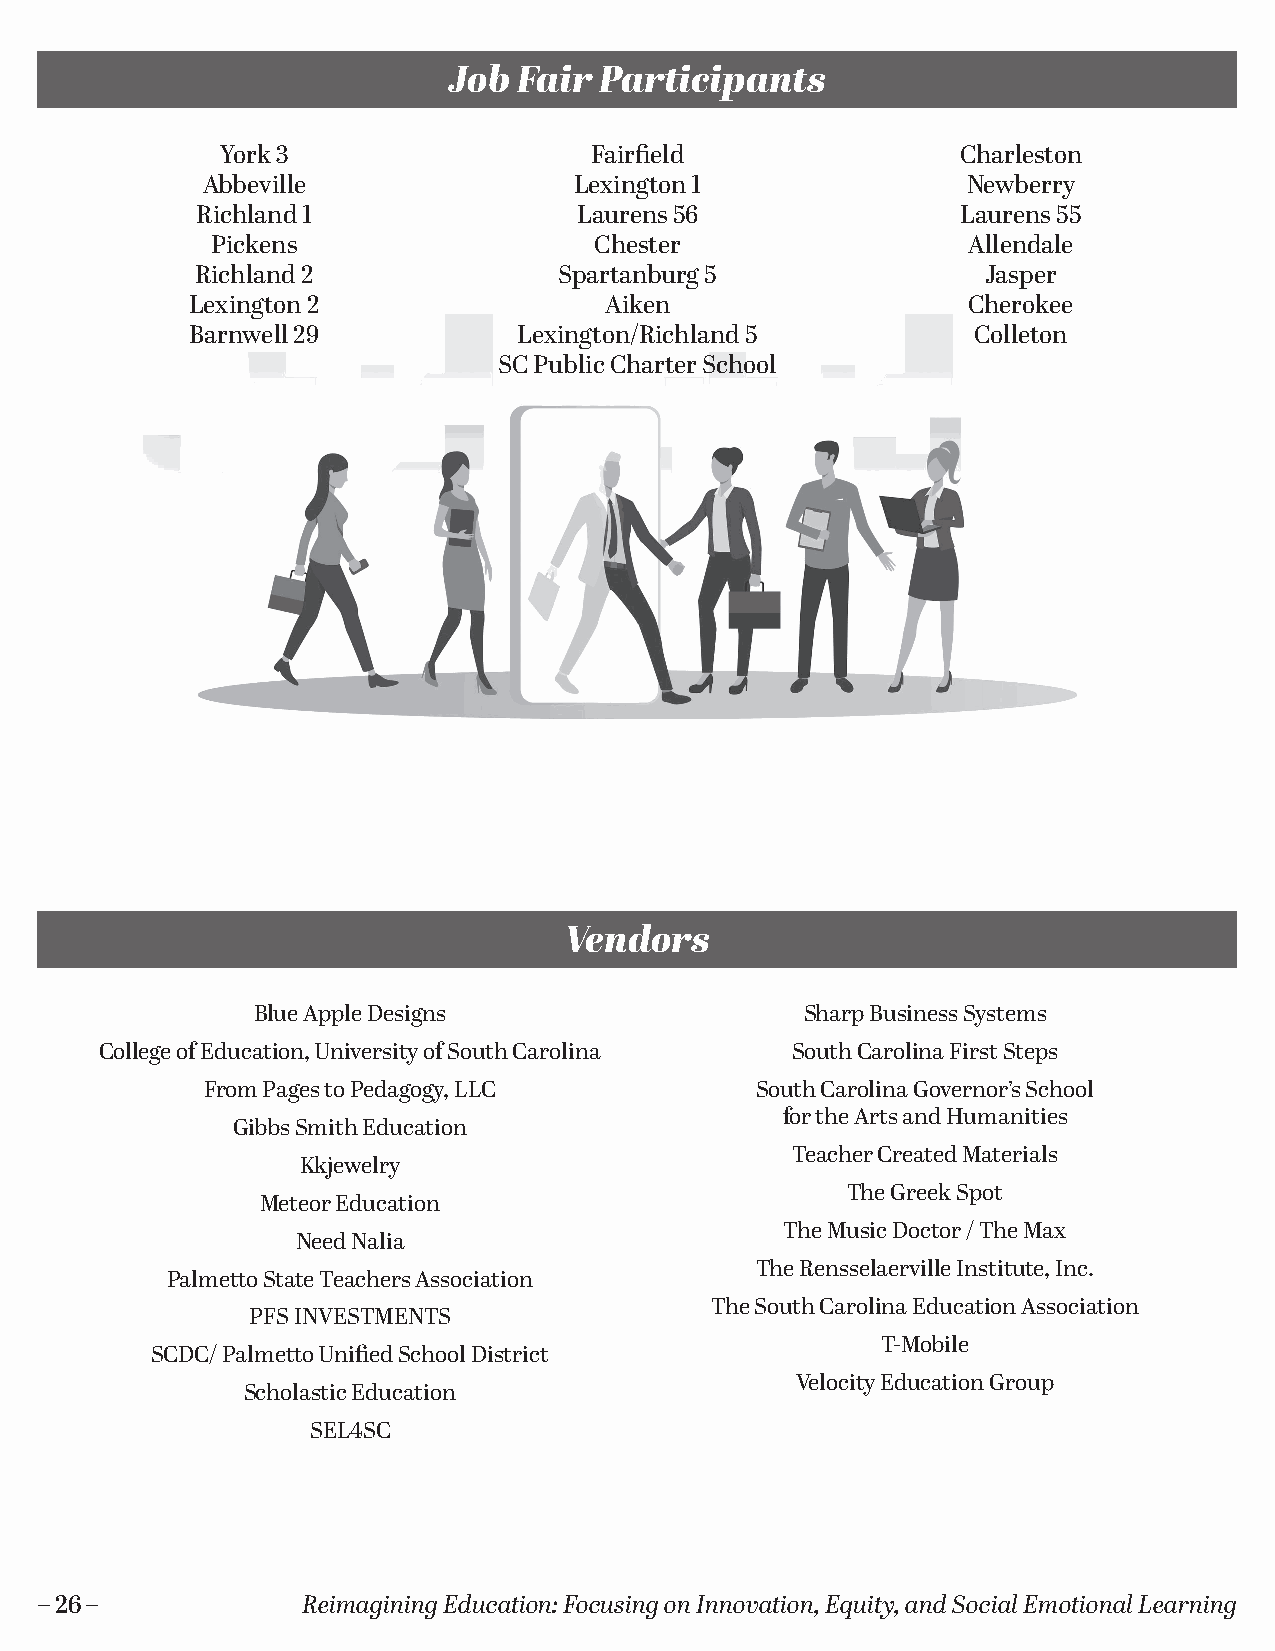
Job Fair  Participants
 York 3                  Fairfield                Charleston
 Abbeville                Lexington 1               Newberry
 Richland 1               Laurens 56                Laurens 55
 Pickens                  Chester                  Allendale
 Richland 2              Spartanburg 5               Jasper
 Lexington 2                Aiken                   Cherokee
 Barnwell 29          Lexington/Richland 5          Colleton
 SC Public Charter School
 Vendors
 Blue Apple Designs                  Sharp Business Systems
 College of Education, University of South Carolina South Carolina First Steps
 From Pages to Pedagogy, LLC         South Carolina Governor’s School
 for the Arts and Humanities
 Gibbs Smith Education
 Teacher Created Materials
 Kkjewelry
 The Greek Spot
 Meteor Education
 The Music Doctor / The Max
 Need Nalia
 The Rensselaerville Institute, Inc.
 Palmetto State Teachers Association
 The South Carolina Education Association
 PFS INVESTMENTS
 T-Mobile
 SCDC/ Palmetto Unified School District
 Velocity Education Group
 Scholastic Education
 SEL4SC
 – 26 –            Reimagining Education: Focusing on Innovation, Equity, and Social Emotional Learning